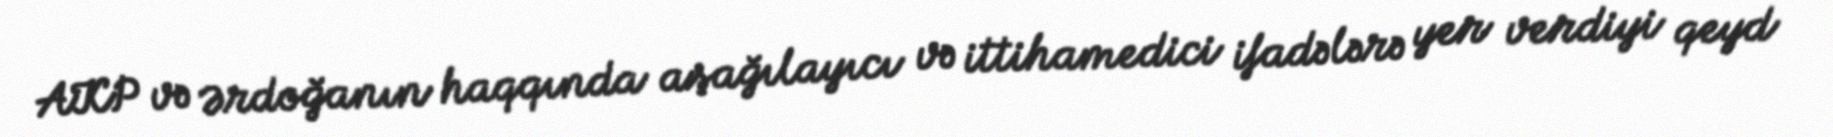
AKP və Ərdoğanın haqqında aşağılayıcı və ittihamedici ifadələrə yer verdiyi qeyd